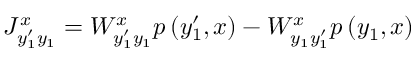
J _ { y _ { 1 } ^ { \prime } y _ { 1 } } ^ { x } = W _ { y _ { 1 } ^ { \prime } y _ { 1 } } ^ { x } p \left( y _ { 1 } ^ { \prime } , x \right) - W _ { y _ { 1 } y _ { 1 } ^ { \prime } } ^ { x } p \left( y _ { 1 } , x \right)